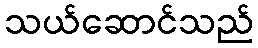
သယ်ဆောင်သည်